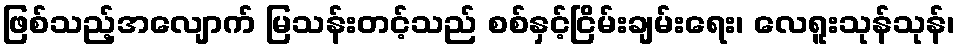
ဖြစ်သည့်အလျောက် မြသန်းတင့်သည် စစ်နှင့်ငြိမ်းချမ်းရေး၊ လေရူးသုန်သုန်၊